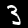
Label: 3